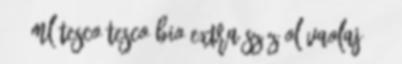
500 ml Tesco Tesco BIO extra szűz olívaolaj 500